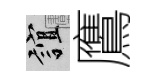
誼鷹